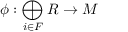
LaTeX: \phi : \bigoplus _ { i \in F } R \to M